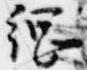
綱